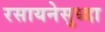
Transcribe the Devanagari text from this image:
रसायनेसुध्दा